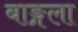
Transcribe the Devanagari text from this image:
बाङ्गला